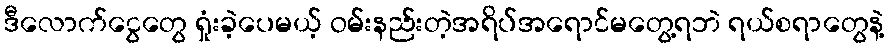
ဒီလောက်ငွေတွေ ရှုံးခဲ့ပေမယ့် ဝမ်းနည်းတဲ့အရိပ်အရောင်မတွေ့ရဘဲ ရယ်စရာတွေနဲ့